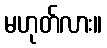
မဟုတ်လား။